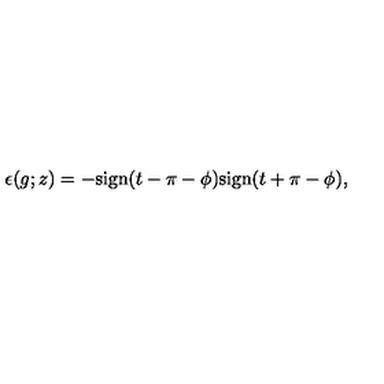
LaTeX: \epsilon ( g ; z ) = - \mathrm { s i g n } ( t - \pi - \phi ) \mathrm { s i g n } ( t + \pi - \phi ) ,